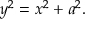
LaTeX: y ^ { 2 } = x ^ { 2 } + a ^ { 2 } .